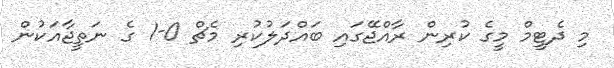
މި ދެޓީމް މީގެ ކުރިން ރާއްޖޭގައި ބައްދަލުކުރި މެޗް 0-1 ގެ ނަތީޖާއަކުން